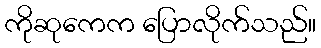
ကိုဆုကေက ပြောလိုက်သည်။